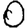
Digit: 0